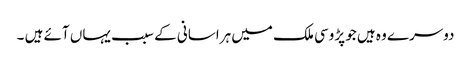
دوسرے وہ ہیں جو پڑوسی ملک میں ہراسانی کے سبب یہاں آئے ہیں ۔